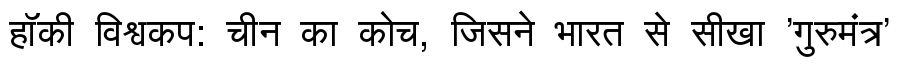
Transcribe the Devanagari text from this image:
हॉकी विश्वकप: चीन का कोच, जिसने भारत से सीखा 'गुरुमंत्र'